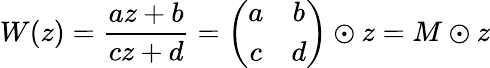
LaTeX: W(z)=\frac{az+b}{cz+d}=\left(\begin{array}{cc}{{a}}&{{b}}\\ {{c}}&{{d}}\end{array}\right)\odot z=M\odot z